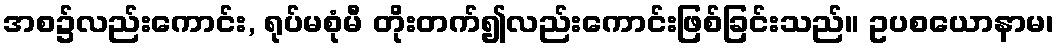
အစ၌လည်းကောင်း, ရုပ်မစုံမီ တိုးတက်၍လည်းကောင်းဖြစ်ခြင်းသည်။ ဥပစယောနာမ၊